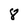
Character: 8